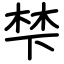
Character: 梺